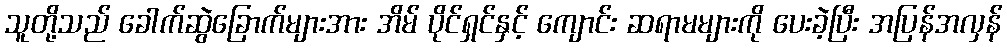
သူတို့သည် ခေါက်ဆွဲခြောက်များအား အိမ် ပိုင်ရှင်နှင့် ကျောင်း ဆရာမများကို ပေးခဲ့ပြီး အပြန်အလှန်